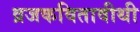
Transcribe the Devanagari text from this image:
व्रजकवितावीथी